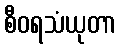
စီဝရသံယုတာ